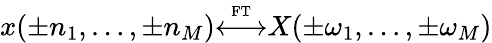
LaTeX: x(\pm n_{1},\ldots,\pm n_{M}){\overset{\underset{\mathrm{FT}}{}}{\longleftrightarrow}}X(\pm\omega_{1},\ldots,\pm\omega_{M})